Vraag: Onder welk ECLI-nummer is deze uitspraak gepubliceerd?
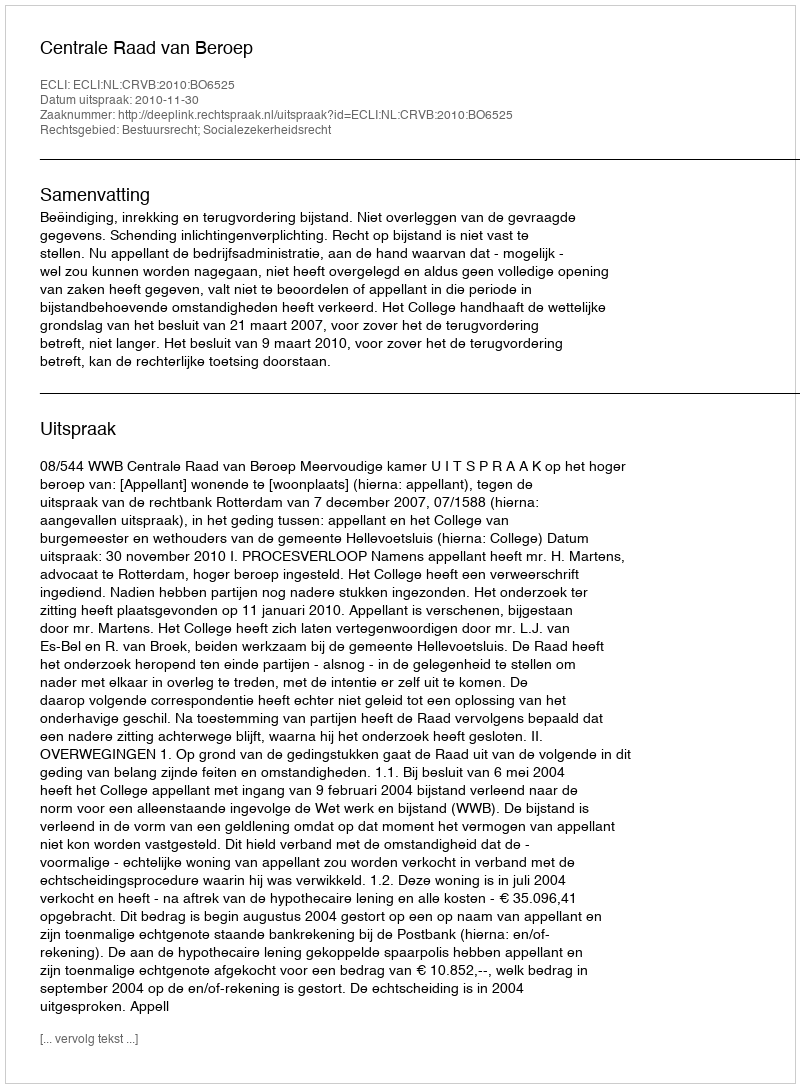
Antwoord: ECLI:NL:CRVB:2010:BO6525